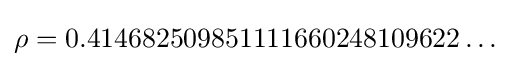
\rho =0.414682509851111660248109622\ldots